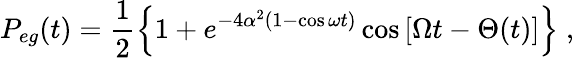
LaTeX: P_{eg}(t)=\frac{1}{2}\left\{ 1+e^{-4\alpha^{2}(1-\cos\omega t)}\cos\left[\Omega t-\Theta(t)\right]\right\} \; ,